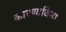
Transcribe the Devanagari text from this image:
कारणाविना